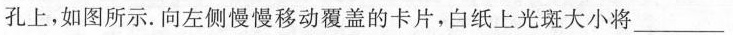
孔上，如图所示。向左侧慢慢移动覆盖的卡片，白纸上光斑大小将___